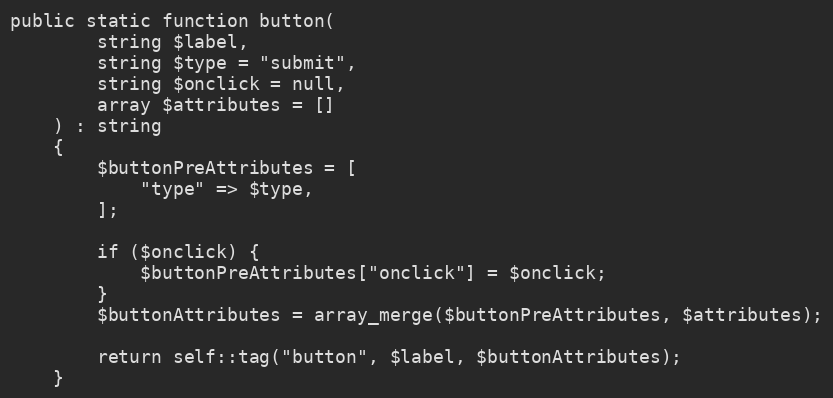
Language: PHP
public static function button(
        string $label,
        string $type = "submit",
        string $onclick = null,
        array $attributes = []
    ) : string
    {
        $buttonPreAttributes = [
            "type" => $type,
        ];

        if ($onclick) {
            $buttonPreAttributes["onclick"] = $onclick;
        }
        $buttonAttributes = array_merge($buttonPreAttributes, $attributes);

        return self::tag("button", $label, $buttonAttributes);
    }